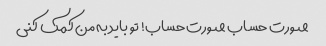
صورت حساب صورت حساب! تو باید به من کمک کنی